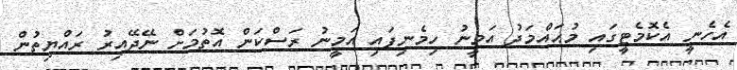
އެހެނީ އެކޮމެޓީގައި މުޙައްމަދު އަމީނު ހިމެނިފައި އަމީނު ރަސްކަން އޮތުމަށް ނޭދޭއިރު ރައްޔިތުން